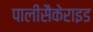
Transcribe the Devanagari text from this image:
पालीसैकेराइड